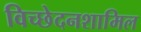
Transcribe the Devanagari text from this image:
विच्छेदनशामिल